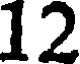
12